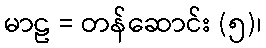
မာဠ = တန်ဆောင်း (၅)၊